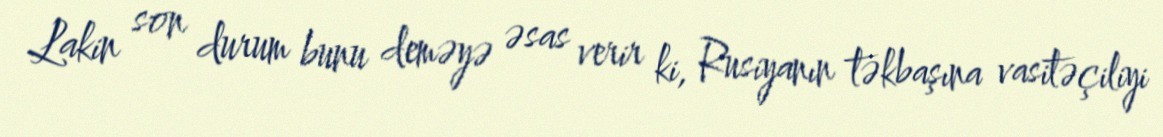
Lakin son durum bunu deməyə əsas verir ki, Rusiyanın təkbaşına vasitəçiliyi